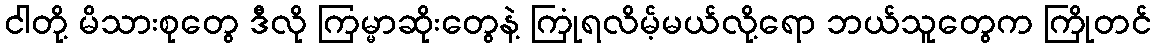
ငါတို့ မိသားစုတွေ ဒီလို ကြမ္မာဆိုးတွေနဲ့ ကြုံရလိမ့်မယ်လို့ရော ဘယ်သူတွေက ကြိုတင်